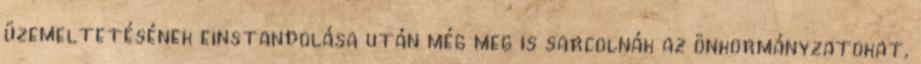
üzemeltetésének einstandolása után még meg is sarcolnák az önkormányzatokat,